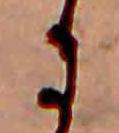
に